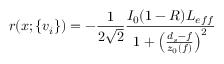
r ( x ; \{ v _ { i } \} ) = - \frac { 1 } { 2 \sqrt { 2 } } \frac { I _ { 0 } ( 1 - R ) L _ { e f f } } { 1 + \left( \frac { d _ { s } - f } { z _ { 0 } ( f ) } \right) ^ { 2 } }